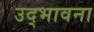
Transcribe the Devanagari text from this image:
उद्‌भावना